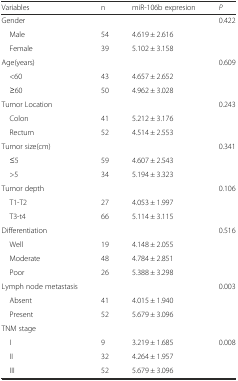
| Variables | n | miR-106b expresion | P |
 | --- | --- | --- | --- |
 | Gender |  |  | 0.422 |
 | Male | 54 | 4.619 ± 2.616 | <ROWSPAN=2>  |
 | Female | 39 | 5.102 ± 3.158 |
 | Age(years) |  |  | 0.609 |
 | <60 | 43 | 4.657 ± 2.652 | <ROWSPAN=2>  |
 | ≥60 | 50 | 4.962 ± 3.028 |
 | Tumor Location |  |  | 0.243 |
 | Colon | 41 | 5.212 ± 3.176 | <ROWSPAN=2>  |
 | Rectum | 52 | 4.514 ± 2.553 |
 | Tumor size(cm) |  |  | 0.341 |
 | ≤5 | 59 | 4.607 ± 2.543 | <ROWSPAN=2>  |
 | >5 | 34 | 5.194 ± 3.323 |
 | Tumor depth |  |  | 0.106 |
 | T1-T2 | 27 | 4.053 ± 1.997 | <ROWSPAN=2>  |
 | T3-t4 | 66 | 5.114 ± 3.115 |
 | Differentiation |  |  | 0.516 |
 | Well | 19 | 4.148 ± 2.055 | <ROWSPAN=3>  |
 | Moderate | 48 | 4.784 ± 2.851 |
 | Poor | 26 | 5.388 ± 3.298 |
 | Lymph node metastasis |  |  | 0.003 |
 | Absent | 41 | 4.015 ± 1.940 | <ROWSPAN=2>  |
 | Present | 52 | 5.679 ± 3.096 |
 | TNM stage |  |  |  |
 | I | 9 | 3.219 ± 1.685 | <ROWSPAN=3> 0.008 |
 | II | 32 | 4.264 ± 1.957 |
 | III | 52 | 5.679 ± 3.096 |